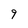
Character: 9